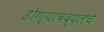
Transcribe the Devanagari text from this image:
होण्याबद्दलचे